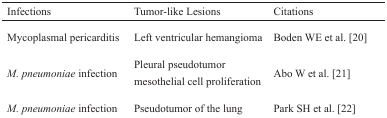
<table><thead><tr><td><b>Infections</b></td><td><b>Tumor-like Lesions</b></td><td><b>Citations</b></td></tr></thead><tbody><tr><td>Mycoplasmal pericarditis</td><td>Left ventricular hemangioma</td><td>Boden WE et al. [20]</td></tr><tr><td>M. <i>pneumoniae</i> infection</td><td>Pleural pseudotumor mesothelial cell proliferation</td><td>Abo W et al. [21]</td></tr><tr><td>M. <i>pneumoniae</i> infection</td><td>Pseudotumor of the lung</td><td>Park SH et al. [22]</td></tr></tbody></table>